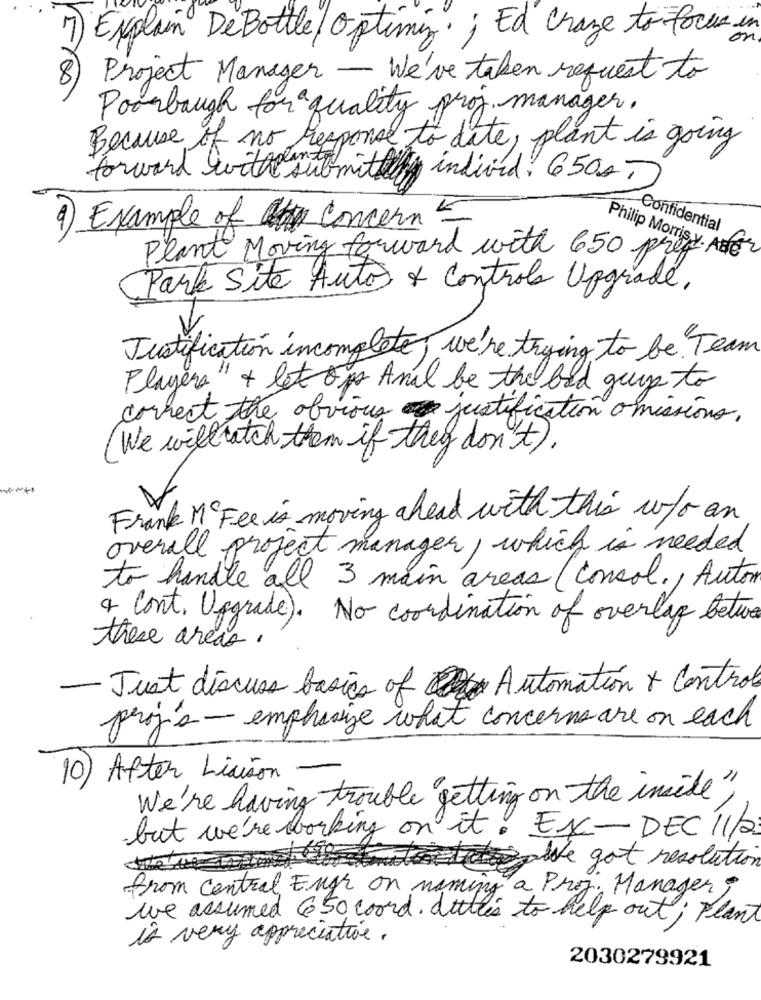
7
Explain De Bottle / Optimiz. ; Ed craze to focus in
8
Project Manager - We've taken request to
Poorbaugh for a quality proj. manager.
Because of no response to date, plant is going
forward with submit individ: 6500
4) Example of Concern 5
Confidential
Plant Moving forward with 650 pref
Philip Morris y. ABC
Park Site Autos & Controla Upgrade.
Justification incomplete, we're trying to be "Team
Players" + let op Anal be the bad guys to
correct the obvious justification omissions,
We will watch them if they don't) .
Frank M Fee is moving ahead with this w/o an
overall project manager , which is needed
to handle all 3 main areas (concol ., Auton
4 Cont. Upgrade). No coordination of overlay betwe
these areas.
- Just discuss basics of Automation + Control
proj's - emphasize what concerns are on each
10) After Liaison
We're having trouble getting on the inside"
but we're working on it. Ex-DEC 11/2
cospive got resolution
from central Eugh on naming a Proj. Manager,
we assumed 650 coord. dubles to help out ; Plant
is very appreciative.
2030279921